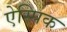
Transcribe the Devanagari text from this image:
ऐस्पिक